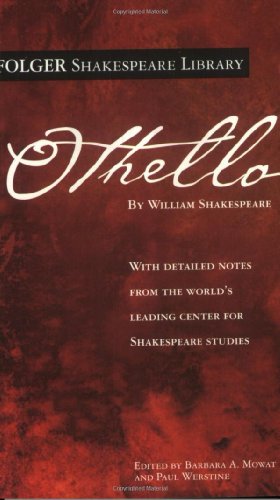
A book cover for Othello; William Shakespeare; Humor & Entertainment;